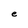
Character: e